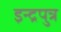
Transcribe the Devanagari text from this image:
इन्द्रपुत्र